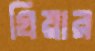
গ্রিয়ার